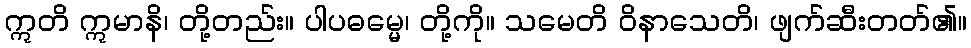
ဣတိ ဣမာနိ၊ တို့တည်း။ ပါပဓမ္မေ၊ တို့ကို။ သမေတိ ဝိနာသေတိ၊ ဖျက်ဆီးတတ်၏။